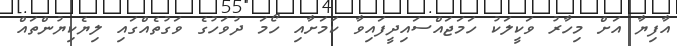
އާފިޔާ އަށް މިހާރު ވަކީލަކު ހަމަޖައްސައިދީފައިވާ ކަމަށާއި ހޯމަ ދުވަހުގެ ވަގުތެއްގައި ލިޔެކިޔުންތައް